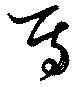
焉